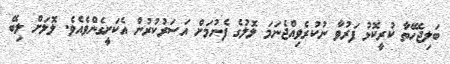
ބަލިޖެހޭތާ ކުރީކޮޅު ފަރުވާ ނުކުރެވިއްޖެނަމަ ލޮލުގެ ފެނުމަށް އަސަރުކުރުން އެކަށީގެންވެއެވެ. ލޮލަށް ލިބޭ